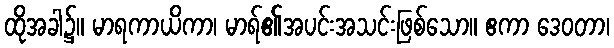
ထိုအခါ၌။ မာရကာယိကာ၊ မာရ်၏အပင်းအသင်းဖြစ်သော။ ဧကာ ဒေဝတာ၊